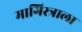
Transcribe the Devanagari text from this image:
मागिस्त्राला